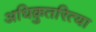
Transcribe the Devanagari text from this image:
अधिक्रुतरित्या